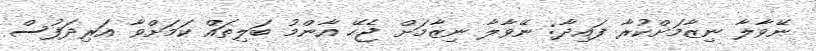
ނޭވާލާ ނިޒާމަށްކުރާ ފައިދާ: ނޭވާލާ ނިޒާމަށް ޖެހޭ އާންމު ބަލިތައް ކަމަށްވާ އަރިދަފުސް